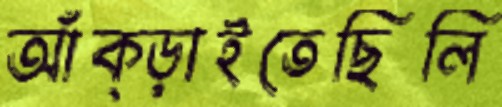
আঁক্‌ড়াইতেছিলি